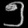
Digit: ၅